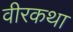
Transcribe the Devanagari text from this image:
वीरकथा